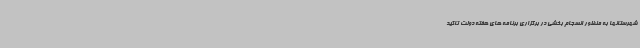
شهرستانها به منظور انسجام بخشی در برگزاری برنامه های هفته دولت تاکید